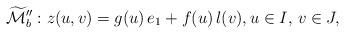
LaTeX: \begin{align*} \widetilde{\mathcal{M}}''_b: z(u,v) = g(u) \,e_1 + f(u)\, l(v), u \in I, \, v \in J,\end{align*}